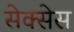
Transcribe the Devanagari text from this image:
सेक्सेस